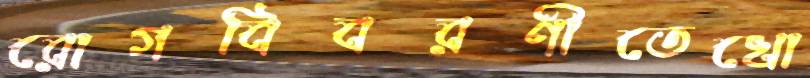
রোগবিবরণীতেখো